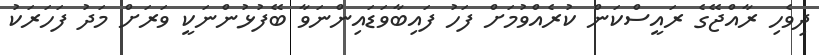
ދިވެހި ރާއްޖޭގެ ރައީސްކަން ކުރެއްވުމަށް ފަހު ފައިބާވަޑައިންނަވާ ބޭފުޅުންނަކީ ވަރަށް މަދު ފަހަރަކު